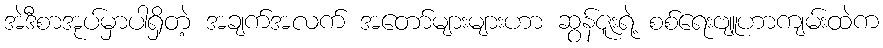
အဲဒီစာအုပ်မှာပါရှိတဲ့ အချက်အလက် အတော်များများဟာ ဆွန်ဇူးရဲ့ စစ်ရေးဗျူဟာကျမ်းထဲက